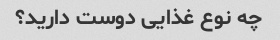
چه نوع غذایی دوست دارید؟